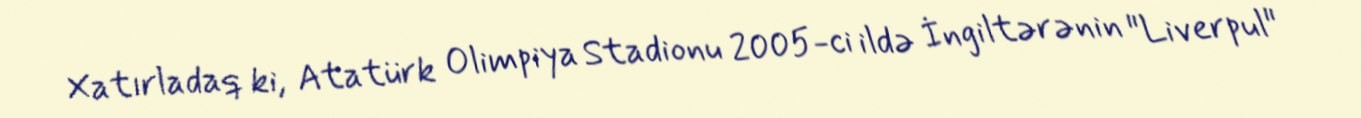
Xatırladaq ki, Atatürk Olimpiya Stadionu 2005-ci ildə İngiltərənin "Liverpul"